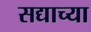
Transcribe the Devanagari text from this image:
सद्याच्या